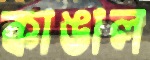
কাঙাল